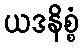
ယဒနိစ္စံ